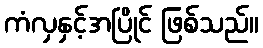
ကံလှနှင့်အပြိုင် ဖြစ်သည်။